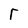
Character: r